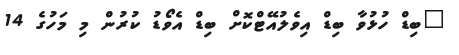
"ބިޑް ހުޅުވާ ބިޑް އިވެލުއޭޓްކޮށް ބިޑް އެވޯޑު ކުރުން މި މަހުގެ 14